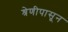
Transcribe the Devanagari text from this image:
श्रेणीपासून